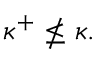
\kappa ^ { + } \nleq \kappa .